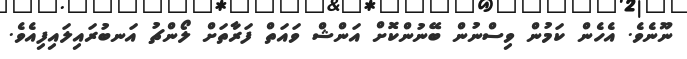
ނޫނެވެ. އެހެން ކަމުން ވިސްނުން ބޭނުންކޮށް އަންޝް ވައަތް ފަރާތަށް ލޯންޗު އަނބުރައިލައިފިއެވެ.